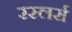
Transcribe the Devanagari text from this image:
रस्लर्स